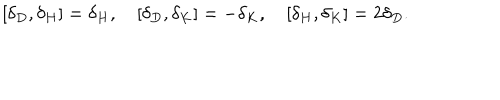
LaTeX: [ \delta _ { D } , \delta _ { H } ] = \delta _ { H } , [ \delta _ { D } , \delta _ { K } ] = - \delta _ { K } , [ \delta _ { H } , \delta _ { K } ] = 2 \delta _ { D } .